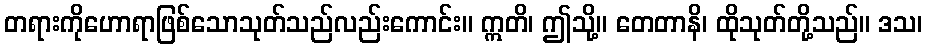
တရားကိုဟောရာဖြစ်သောသုတ်သည်လည်းကောင်း။ ဣတိ၊ ဤသို့။ တေတာနိ၊ ထိုသုတ်တို့သည်။ ဒသ၊